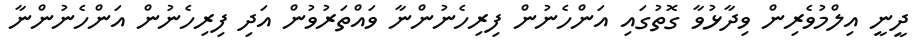
ދީނީ އިލްމުވެރިން ވިދާޅުވާ ގޮތުގައި އަންހެނުން ފިރިހެނުންނާ ވައްތަރުވުން އަދި ފިރިހެނުން އަންހެނުންނާ